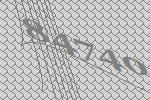
84740